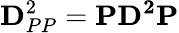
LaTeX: \mathbf{D}_{PP}^{2}=\mathbf{PD^{2}P}